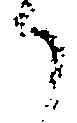
了